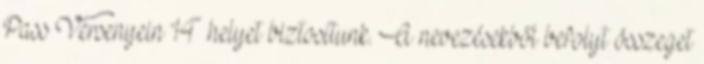
Pass Versenyein 14 helyet biztosítunk. A nevezésekből befolyt összeget